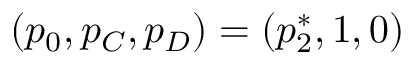
( p _ { 0 } , p _ { C } , p _ { D } ) = ( p _ { 2 } ^ { * } , 1 , 0 )